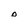
Character: O